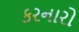
કરનારો